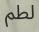
لطم